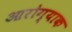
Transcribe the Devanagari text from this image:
आरोग्याक